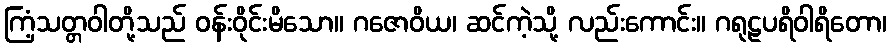
ကြံ့သတ္တဝါတို့သည် ဝန်းဝိုင်းမိသော။ ဂဇောဝိယ၊ ဆင်ကဲ့သို့ လည်းကောင်း။ ဂရုဠပရိဝါရိတော၊